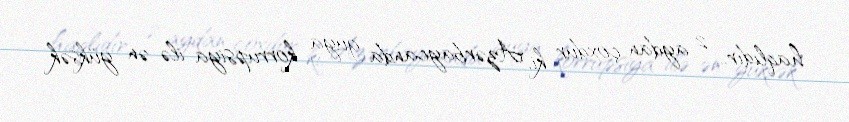
haqlıdır... 2 aydan çoxdur ki, Azərbaycanda guya korrupsiya ilə ən yüksək